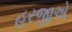
હરજીએ